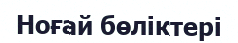
Ноғай бөліктері